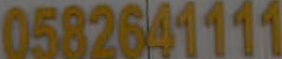
0582641111